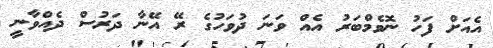
އެއަށް ފަހު ނޮވެމްބަރު އެއް ވަނަ ދުވަހުގެ ރޭ އޭނާ ދަރުސް ދެއްވާނީ